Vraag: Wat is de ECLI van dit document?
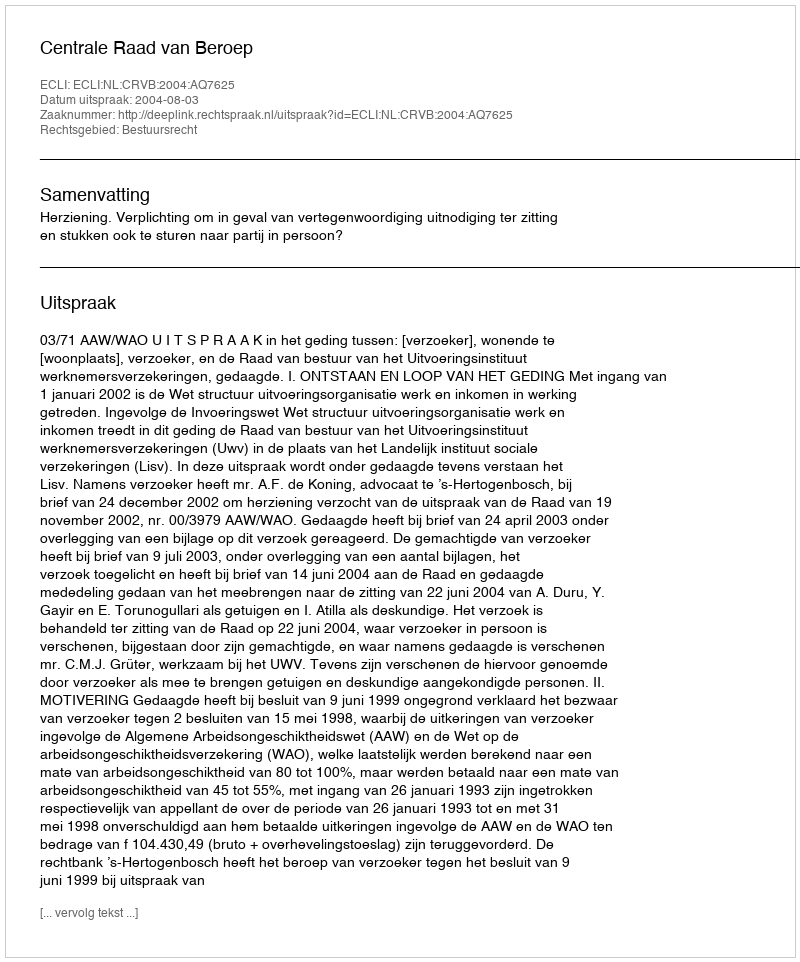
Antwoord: ECLI:NL:CRVB:2004:AQ7625